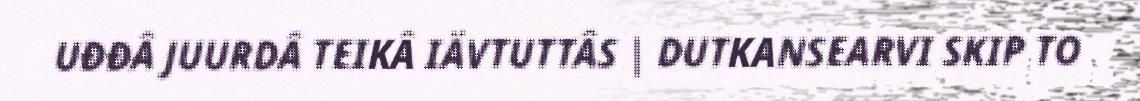
UĐĐÂ JUURDÂ TEIKÂ IÄVTUTTÂS | DUTKANSEARVI SKIP TO